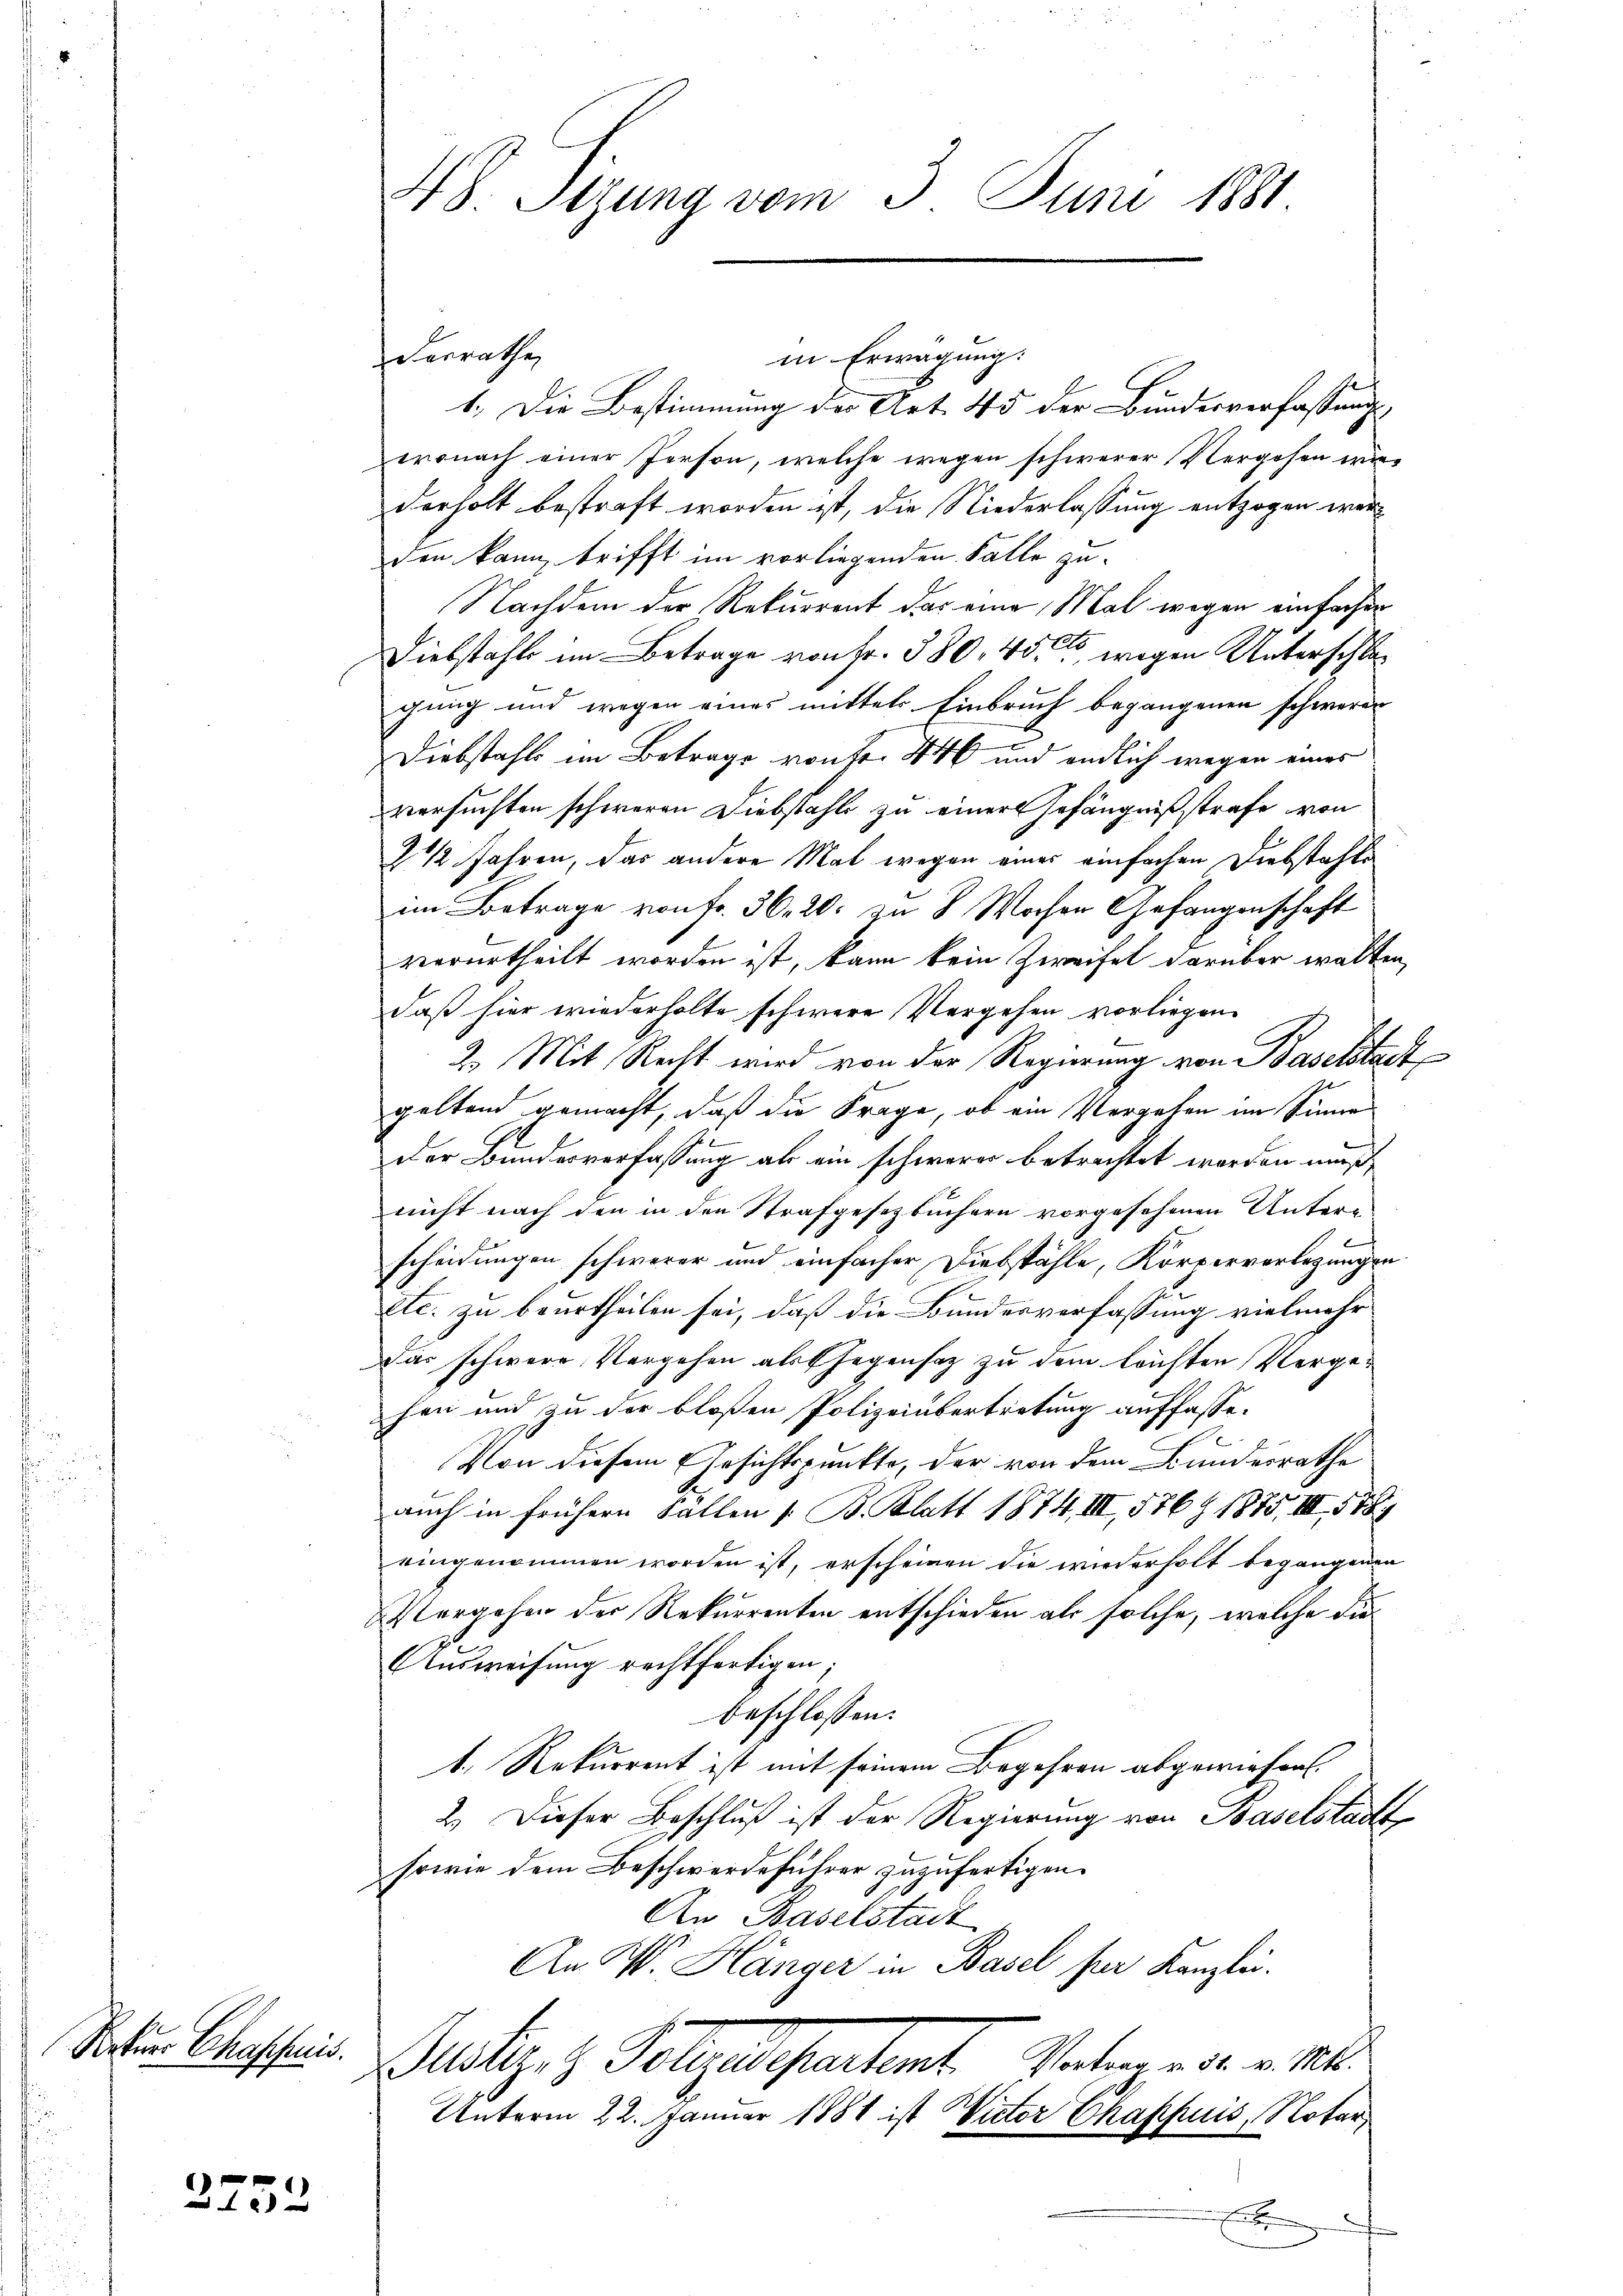
Natur Chaschnis.

3752

in Erwägung:
derrathe,
1.) Die Bestimmung der Art. 45 der Bundesverfassung
wonach einer Person, welche wegen schwerer Vergehen wiederholt bestraft worden ist, die Niederlassung entzogen werden kann, trifft im vorliegenden Falle zu¬
Nachdem der Rekurrent das eine Mal wegen einfachen
Diebstahls im Betrage von Fr. 380, 45, wegen Unterschlagung und wegen eines mittels Einbruch begangenen schweren
Diebstahls im Betrage von fr. 446 und endlich wegen eines
versuchten schweren Diebstahls zu einer Gefängnißstrafe von
2 1/2 Jahren, das andere Mal wegen einer einfachen Diebstahle
im Betrage von Fr. 36. 20. zu 8 Wochen Gefangenschaft
verurtheilt worden ist, kann kein Zweifel darüber walten,
daß hier wiederholte schwere Vergehen vorliegen
C
2. Mit Recht wird von der Regierung von Baselstadt
geltend gemacht, daß die Frage, ob ein Vergehen im Sinner
Der Bundesverfassung als ein schwerer betrachtet worden muß,
nicht nach den in den Strafgesetzbüchern vorgesehenen Unter-
f
scheidungen schwerer und einfacher Diebstähle, Körperverlegungen
etc. zu beurtheilen sei, daß die Bundesverfassung vielmehr
Das schwere Vergehen als Gegensatz zu dem leichten Vergehen und zu der bloßen Polizeiübertretung auffasse.
Von diesem Gesichtspunkte, der von dem Bundesrathe
auch in frühern Fallen 1. B. Blatt 1874, III, 576 Z 1875, III 588
eingenommen worden ist, erscheinen die wiederholt begangenen
Vergehen der Rekurrenten entschieden als solche, welche die
Ausweisung rechtfertigen;
beschlossen:
1. Rekurrent ist mit seinem Begehren abgewiesen.
2. Dieser Beschluß ist der Regierung von Baselstadt
sowie dem Beschwerdeführer zuzufertigen.
An Baselstadt
An W. Hänger in Basel für Kanzlei.
Justizen Folgedehnetent. Vatergegen
Unterm 22. Januar 1881 ist Victor Chappuis, Notar,

48. Sitzung vom 3. Juni 1881.